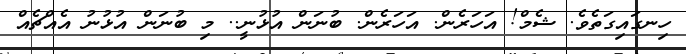
ހިނގައިގަތެވެ. ޝެމް! އަހަރެން. އަހަރެން. ބުނަން އުޅުނީ.. މި ބުނަން އުޅުނު އެއްޗެއް